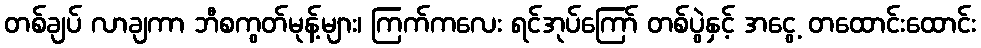
တစ်ချပ် လာချကာ ဘီစကွတ်မုန့်များ၊ ကြက်ကလေး ရင်အုပ်ကြော် တစ်ပွဲနှင့် အငွေ့ တထောင်းထောင်း